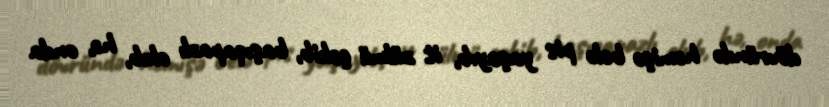
dövründə həmişə belə pis yaşayıb, it zülmü çəkib, başıqapazlı olub, hə, onda